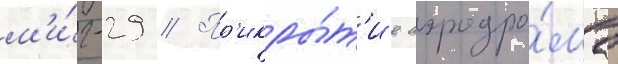
м'и́г-29 // Пр'икры́т'ие аэродро́ма